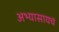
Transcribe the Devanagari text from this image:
अभ्यासायचं